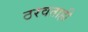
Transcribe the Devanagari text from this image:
ठरवताही